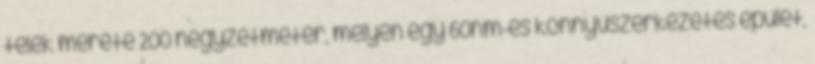
telek mérete 200 négyzetméter, melyen egy 60nm-es könnyűszerkezetes épület,